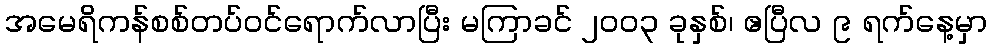
အမေရိကန်စစ်တပ်ဝင်ရောက်လာပြီး မကြာခင် ၂၀၀၃ ခုနှစ်၊ ဧပြီလ ၉ ရက်နေ့မှာ